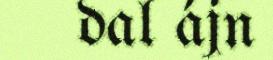
dal ájn